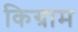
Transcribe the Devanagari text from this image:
किग्राम